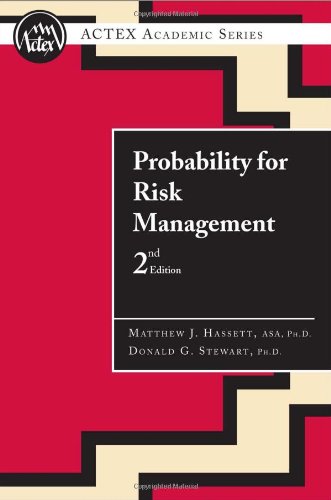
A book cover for Probability for Risk Management; Matthew J.; Stewart, Donald Hassett; Business & Money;